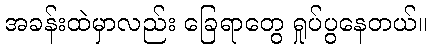
အခန်းထဲမှာလည်း ခြေရာတွေ ရှုပ်ပွနေတယ်။